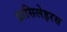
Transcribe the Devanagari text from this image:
ब्रासिलेइरस